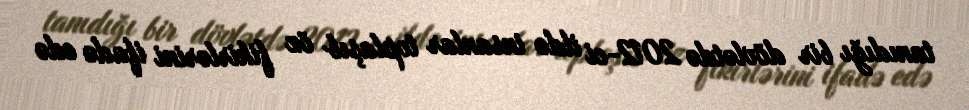
tanıdığı bir dövlətdə 2012-ci ildə insanlar toplaşıb öz fikirlərini ifadə edə